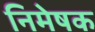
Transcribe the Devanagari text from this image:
निमेषक